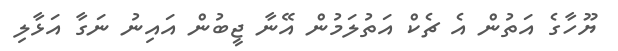
ޔޫހާގެ އަތުން އެ ޗެކް އަތުލަމުން އޭނާ ޖީބުން އައިނު ނަގާ އަޅާލި